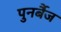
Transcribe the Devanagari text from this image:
पुनर्बैज